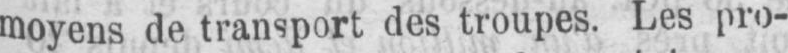
moyens de transport des troupes. Les pro-